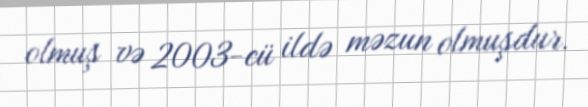
olmuş və 2003-cü ildə məzun olmuşdur.